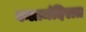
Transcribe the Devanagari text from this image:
कलामंदिरात